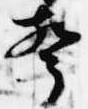
声